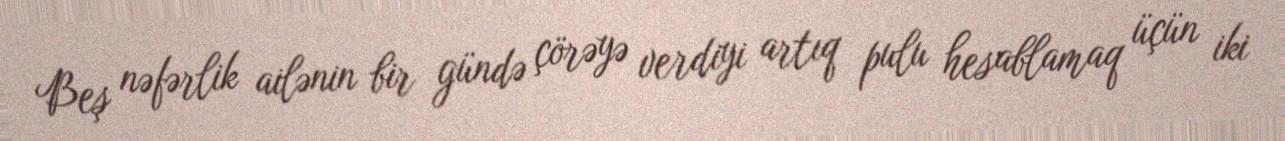
Beş nəfərlik ailənin bir gündə çörəyə verdiyi artıq pulu hesablamaq üçün iki